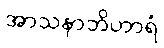
အာသနာဘိဟာရံ